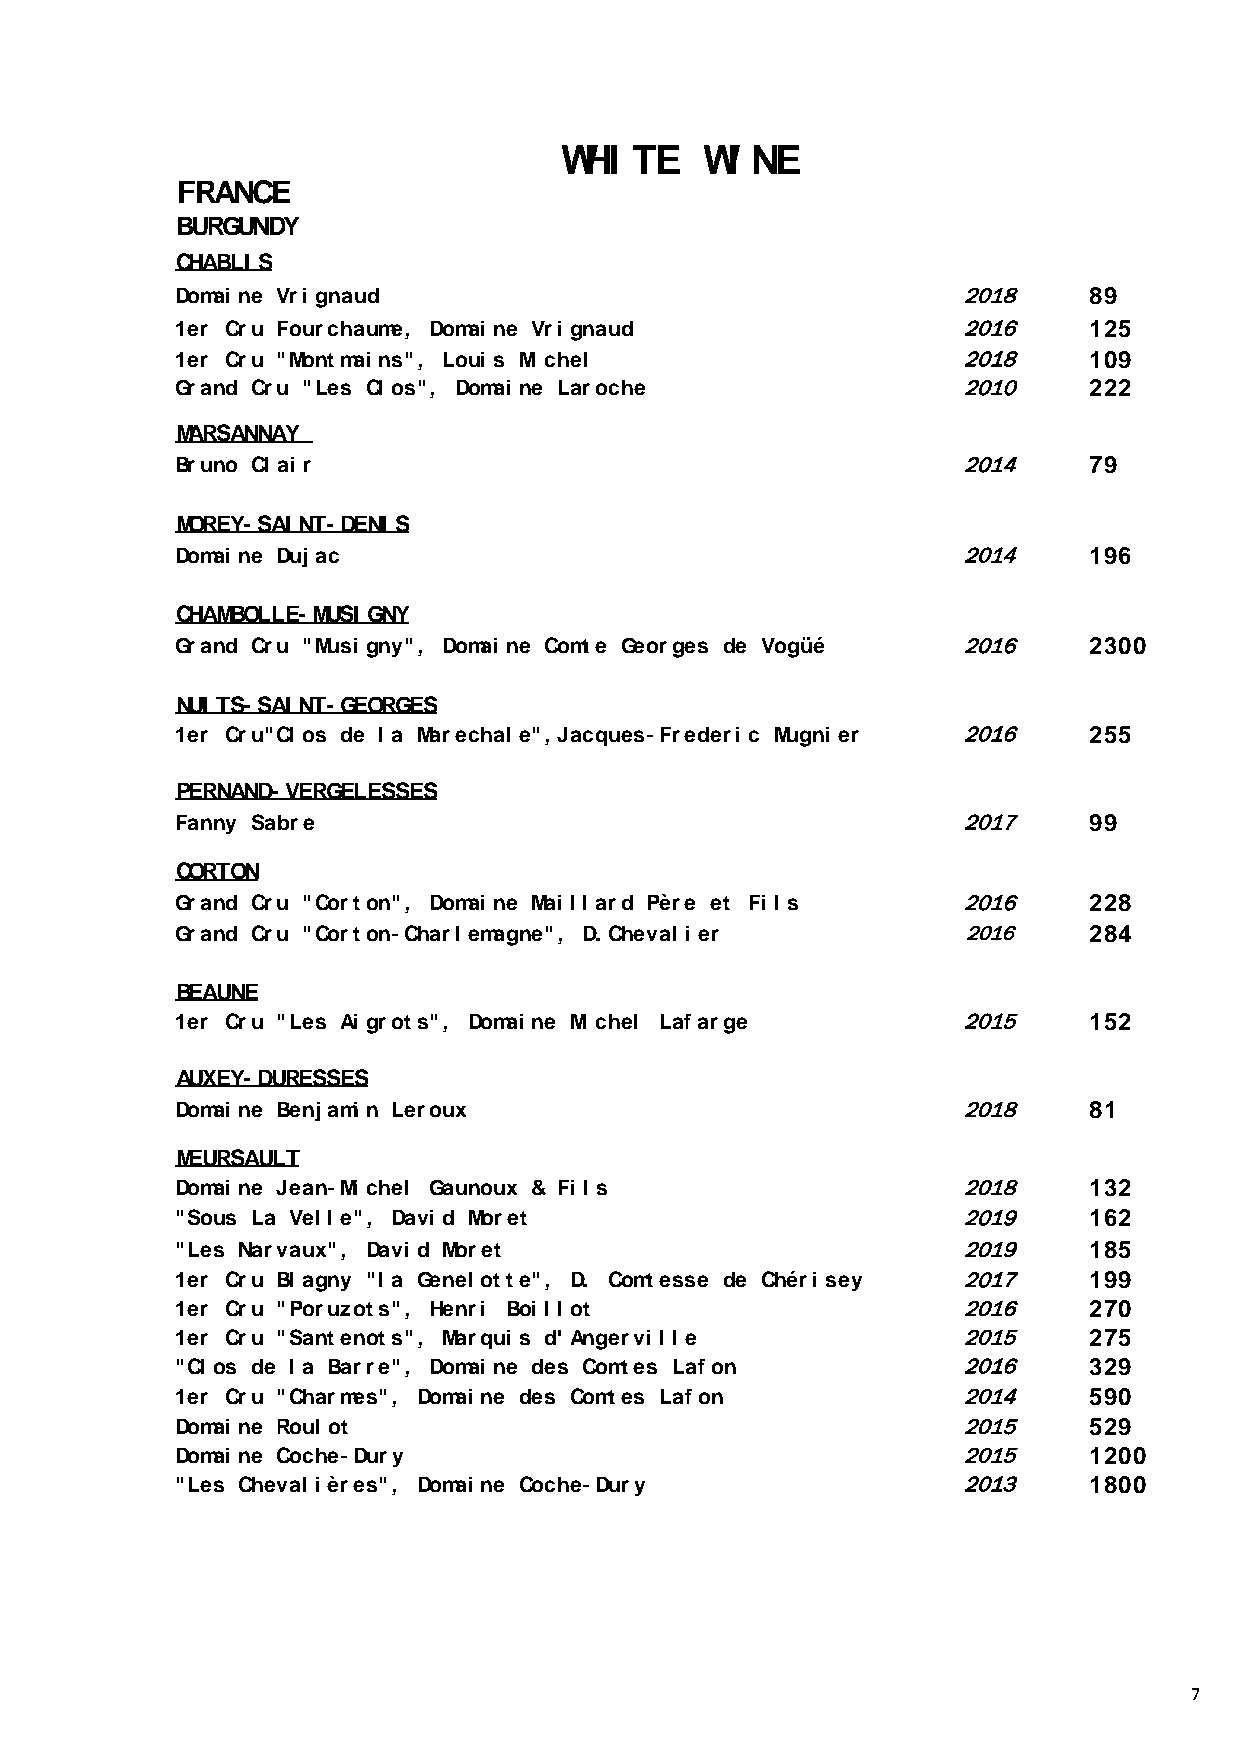
WHI  TE  WI NE
 FRANCE
 BURGUNDY
 CHABLI S
 Domai ne Vri gnaud                                  2018     89
 1er Cru Fourchaume, Domai ne Vri gnaud              2016     125
 1er Cru "Montmai ns", Loui s Mi chel                2018     109
 Grand Cru "Les Cl os", Domai ne Laroche             2010     222
 MARSANNAY
 Bruno Cl ai r                                       2014     79
 MOREY-SAI NT-DENI S
 Domai ne Duj ac                                     2014     196
 CHAMBOLLE-MUSI GNY
 Grand Cru "Musi gny", Domai ne Comte Georges de Vogüé 2016   2300
 NUI TS-SAI NT-GEORGES
 1er Cru"Cl os de l a Marechal e", Jacques-Frederi c Mugni er 2016 255
 PERNAND-VERGELESSES
 Fanny Sabre                                         2017     99
 CORTON
 Grand Cru "Corton", Domai ne Mai l l ard Père et Fi l s 2016 228
 Grand Cru "Corton-Charl emagne", D. Cheval i er     2016     284
 BEAUNE
 1er Cru "Les Ai grots", Domai ne Mi chel Lafarge    2015     152
 AUXEY-DURESSES
 Domai ne Benj ami n Leroux                          2018     81
 MEURSAULT
 Domai ne Jean-Mi chel Gaunoux & Fi l s              2018     132
 "Sous La Vel l e", Davi d Moret                     2019     162
 "Les Narvaux", Davi d Moret                         2019     185
 1er Cru Bl agny "l a Genel otte", D. Comtesse de Chéri sey 2017 199
 1er Cru "Poruzots", Henri Boi l l ot                2016     270
 1er Cru "Santenots", Marqui s d' Angervi l l e      2015     275
 "Cl os de l a Barre", Domai ne des Comtes Lafon     2016     329
 1er Cru "Charmes", Domai ne des Comtes Lafon        2014     590
 Domai ne Roul ot                                    2015     529
 Domai ne Coche-Dury                                 2015     1200
 "Les Cheval i ères", Domai ne Coche-Dury            2013     1800
 7